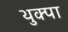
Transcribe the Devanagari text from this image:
थुक्पा